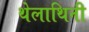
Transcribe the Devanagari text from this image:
थेलाथिनी